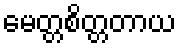
မေတ္တစိတ္တတာယ